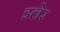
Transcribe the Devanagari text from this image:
इलेर